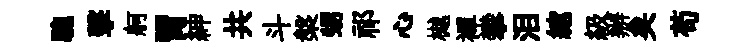
驄擊舸胃紳共斗槃甥祁心樾襌攀泪綰級辦矣苟